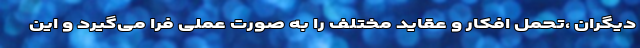
دیگران ،تحمل افکار و عقاید مختلف را به صورت عملی فرا می‌گیرد و این